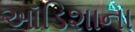
ઑડિશાના